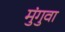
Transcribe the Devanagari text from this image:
मुंगुवा